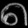
Digit: ၈